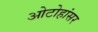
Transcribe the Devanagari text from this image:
ओटोहांसर